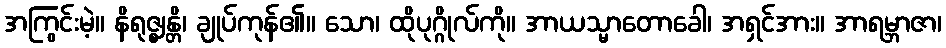
အကြွင်းမဲ့။ နိရုဇ္ဈန္တိ၊ ချုပ်ကုန်၏။ သော၊ ထိုပုဂ္ဂိုလ်ကို။ အာယသ္မာတောခေါ၊ အရှင်အား။ အာရမ္ဘာဇာ၊